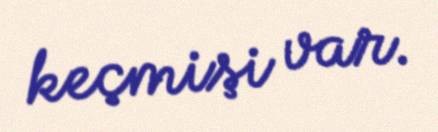
keçmişi var.